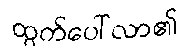
ထွက်ပေါ်လာ၏